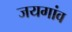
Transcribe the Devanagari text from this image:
जयगांव